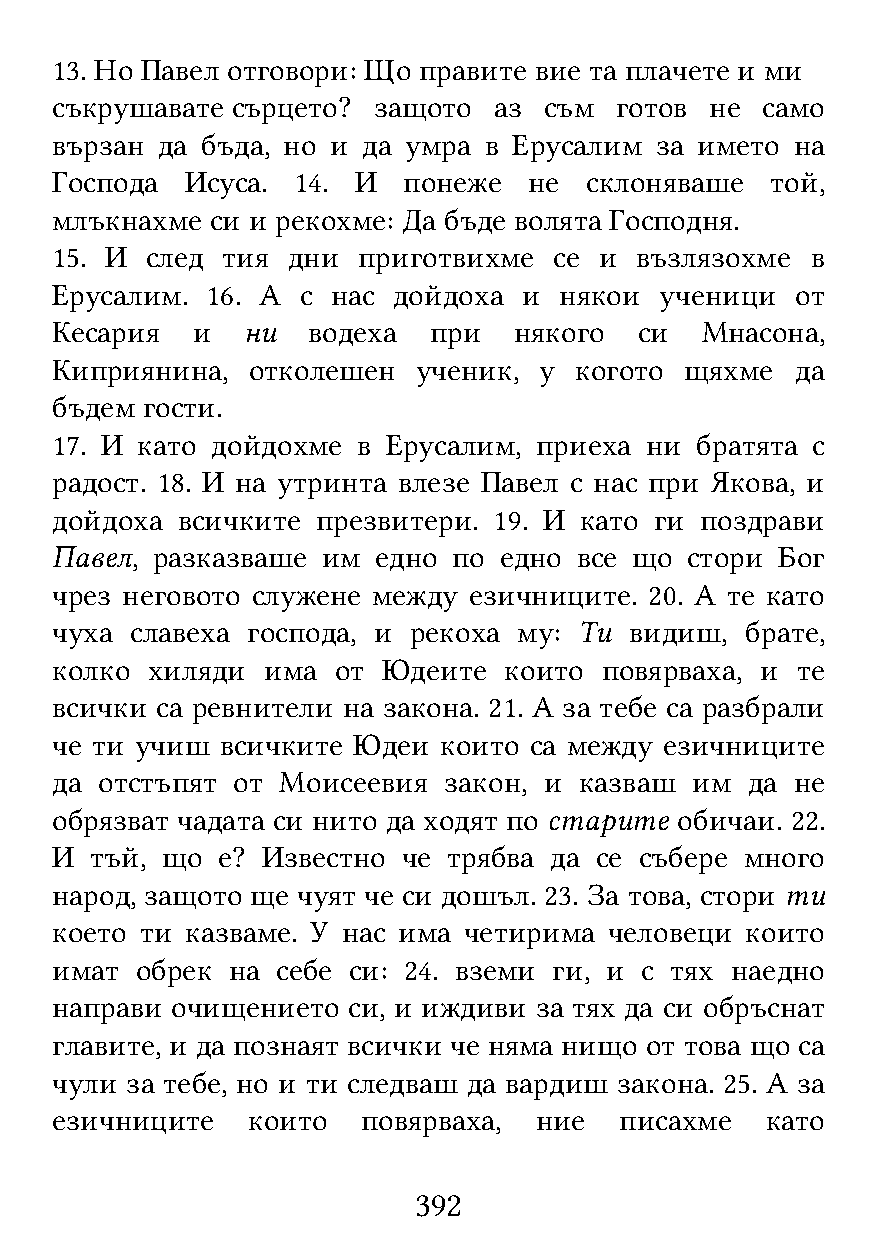
13. Но Павел отговори: Що правите вие та плачете и ми
 съкрушавате сърцето?  защото  аз съм  готов не само
 вързан да бъда, но и да умра в Ерусалим за името  на
 Господа  Исуса. 14.  И  понеже  не  склоняваше  той,
 млъкнахме  си и рекохме: Да бъде волята Господня.
 15. И  след тия дни  приготвихме  се и възлязохме  в
 Ерусалим.  16. А с нас дойдоха  и някои  ученици  от
 Кесария   и  ни  водеха  при   някого  си  Мнасона,
 Киприянина,  отколешен   ученик, у когото щяхме   да
 бъдем гости.
 17. И като дойдохме  в Ерусалим, приеха ни братята с
 радост. 18. И на утринта влезе Павел с нас при Якова, и
 дойдоха  всичките презвитери. 19. И като ги поздрави
 Павел, разказваше им  едно по едно все що стори  Бог
 чрез неговото служене между езичниците. 20. А те като
 чуха  славеха господа, и рекоха му: Ти видиш, брате,
 колко  хиляди има  от Юдеите  които  повярваха, и те
 всички са ревнители на закона. 21. А за тебе са разбрали
 че ти учиш  всичките Юдеи които са между езичниците
 да  отстъпят от Моисеевия закон, и казваш  им да  не
 обрязват чадата си нито да ходят по старите обичаи. 22.
 И  тъй, що е? Известно  че трябва да се събере много
 народ, защото ще чуят че си дошъл. 23. За това, стори ти
 което ти казваме. У нас има четирима человеци които
 имат  обрек на себе си: 24. вземи ги, и с тях наедно
 направи очищението  си, и иждиви за тях да си обръснат
 главите, и да познаят всички че няма нищо от това що са
 чули за тебе, но и ти следваш да вардиш закона. 25. А за
 езичниците   които   повярваха, ние   писахме   като
 392